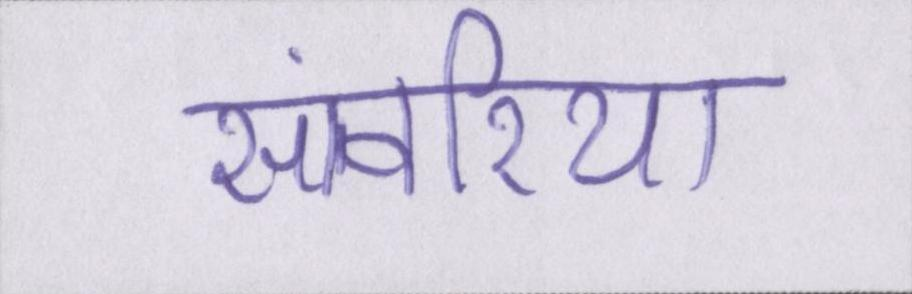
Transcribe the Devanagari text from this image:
सांवरिया